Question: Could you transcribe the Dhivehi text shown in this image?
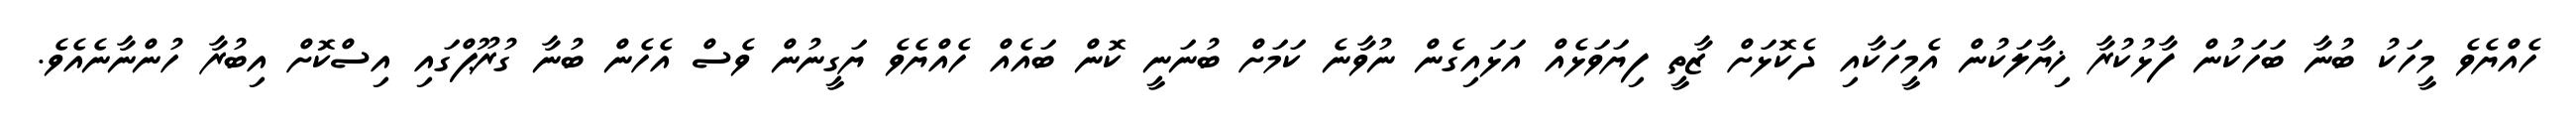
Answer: ހެއްޔެވެ މީހަކު ބުނާ ބަހަކުން ފާޅުކުރާ ޚިޔާލަކުން އެމީހަކާއި ދެކޮޅަށް ޒާތީ ފިޔަވަޅެއް އަޅައިގެން ނުވާނެ ކަމަށް ބުނަނީ ކޮން ބައެއް ހެއްޔެވެ ޔަގީނުން ވެސް އެހެން ބުނާ ގުރޫޕްގައި އިސްކޮށް އިބުރާ ހުންނާނެއެވެ.